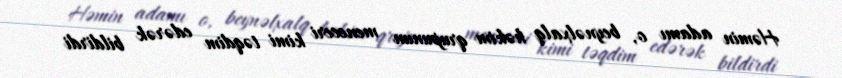
Həmin adamı o, beynəlxalq həkim qrupunun meneceri kimi təqdim edərək bildirdi